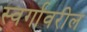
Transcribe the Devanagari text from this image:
स्वर्गावरील